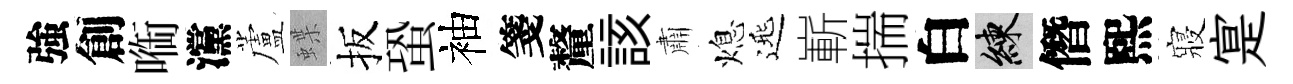
強創㗸灙蘆蝶扳蛩袖箋釐該肅熄𨓱嶄揣白練僭熙寢寔